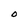
Character: O